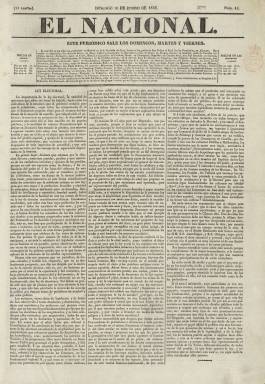
Título: El Nacional (Madrid. 1835)
Colección: Periódicos anteriores a 1850
Ámbito geográfico: Madrid
Lugar de publicación: Madrid
Fechas: 10/01/1836-26/08/1836

Comenzó apareciendo, a finales de 1835, los domingos, martes y viernes, para a partir del uno de marzo de 1836 hacerse “diario de la tarde”, como indicará su subtítulo desde entonces. Siempre fue un periódico de cuatro páginas, compuestas a tres columnas, estampadas en imprenta propia, órgano oficioso del liberalismo progresista gobernante, consecuente de los liberales “exaltados” doceañistas y del Trienio Liberal, que estaba constituyéndose en partido político, frente al moderado, al final del periodo de transición entre el despotismo ilustrado y el Estado liberal, dando fin definitivo al Antiguo régimen. Cumplió un parecido papel al que anteriormente habían tenido Diario de la administración (1834), fundado por Javier de Burgos (1770-1848), y su sucesor el también diario Anales administrativos (1834-1835).

En este caso, su “bandera” será “el programa de 14 de septiembre”, que no es otro que el manifiesto o programa político de Juan Álvarez Mendizábal (1790-1853) al asumir la presidencia del Gobierno en ese día de 1835 tras su regreso del exilio, consistente en afianzar la legitimidad isabelina y el orden, el desarrollo de la libertad y la prosperidad, el progreso político y moral y las “mejoras administrativas”, con “tino, mesura, graduación y constancia”. Estará dirigido por el secretario de Mendizábal, el escritor Gerónimo -o Jerónimo- Ferrer Valls (1797-1851?).

Con paginación continuada, en sus entregas dará curso a artículos doctrinales de carácter político, artículos comunicados, crónicas de las Cortes, noticias de provincias, noticias oficiales y partes de la guerra carlista, noticias diversas y algunas del extranjero, cotizaciones de la Bolsa de Madrid, programación teatral, así como una sección bajo el epígrafe Espíritu de la prensa periódica, y algunas máximas como folletín.

El diario de Mendizábal se publicará durante sus decretos de desamortización de febrero y marzo de 1836; el gobierno moderado de Francisco Javier Istúriz (1790-1871) a partir del 15 de mayo de ese año; el motín de La Granja del mes de agosto y el consecuente comienzo del gobierno progresista presidido por José María Calatrava (1781-1846), en el que Mendizábal regresa al gobierno como ministro de Hacienda. Asimismo, se publica también al inicio del periodo constituyente que sustituirá el Estatuto Real de 1834 por la Constitución de 1837, que estará vigente durante una década.

El Nacional se estará publicando hasta el 26 de agosto de 1836, cuando se fusione con el diario La Revista española, que había sido fundada en 1832 por José María Carnerero (1784-1866), pero que desde abril de 1834, tras asociarse, por su parte, con El Mensagero de las Cortes, lo venía dirigiendo el también progresista Antonio Alcalá Galiana (1789-1865).

En su lugar, a partir del 27 de agosto comenzará a publicarse el diario Revista nacional, que también forma parte de la colección de la Biblioteca Nacional de España.